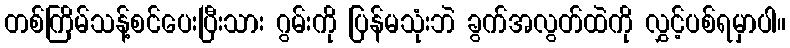
တစ်ကြိမ်သန့်စင်ပေးပြီးသား ဂွမ်းကို ပြန်မသုံးဘဲ ခွက်အလွတ်ထဲကို လွှင့်ပစ်ရမှာပါ။